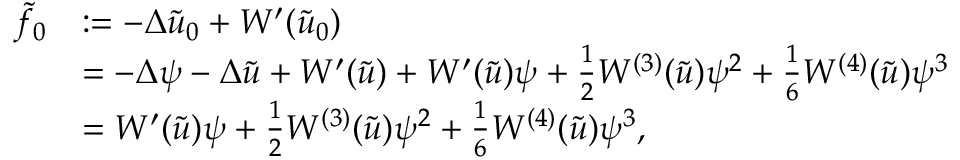
\begin{array} { r l } { \tilde { f } _ { 0 } } & { : = - \Delta \tilde { u } _ { 0 } + W ^ { \prime } ( \tilde { u } _ { 0 } ) } \\ & { = - \Delta \psi - \Delta \tilde { u } + W ^ { \prime } ( \tilde { u } ) + W ^ { \prime } ( \tilde { u } ) \psi + \frac { 1 } { 2 } W ^ { ( 3 ) } ( \tilde { u } ) \psi ^ { 2 } + \frac { 1 } { 6 } W ^ { ( 4 ) } ( \tilde { u } ) \psi ^ { 3 } } \\ & { = W ^ { \prime } ( \tilde { u } ) \psi + \frac { 1 } { 2 } W ^ { ( 3 ) } ( \tilde { u } ) \psi ^ { 2 } + \frac { 1 } { 6 } W ^ { ( 4 ) } ( \tilde { u } ) \psi ^ { 3 } , } \end{array}